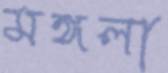
মঙ্গলা